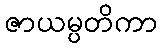
ဇာယမ္ပတိကာ